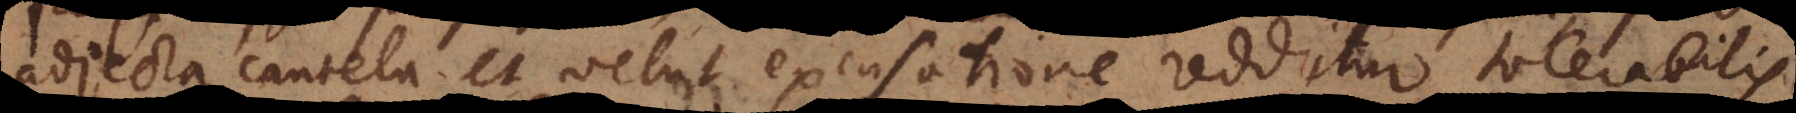
adjecta cautela et velut excusatione redditur tolerabilis,